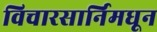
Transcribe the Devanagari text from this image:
विचारसार्निमधून